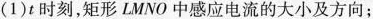
(1)t时刻，矩形LMNO中感应电流的大小及方向；